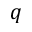
q